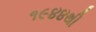
૧૯૪૪થી